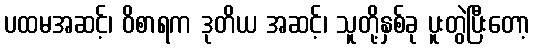
ပထမအဆင့်၊ ဝိစာရက ဒုတိယ အဆင့်၊ သူတို့နှစ်ခု ပူးတွဲပြီးတော့